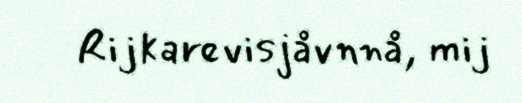
Rijkarevisjåvnnå, mij